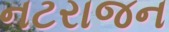
નટરાજન